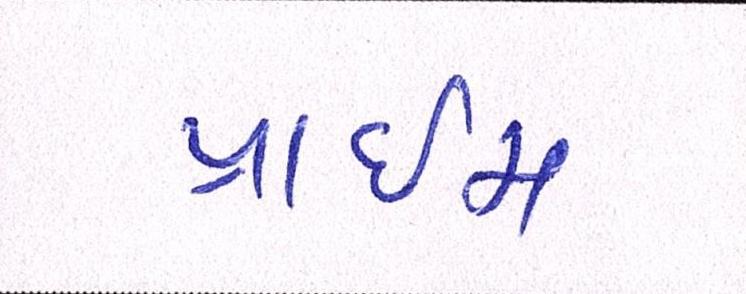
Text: પ્રાઇમ